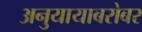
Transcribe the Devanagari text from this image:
अनुयायाबरोबर